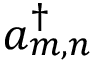
a _ { m , n } ^ { \dagger }